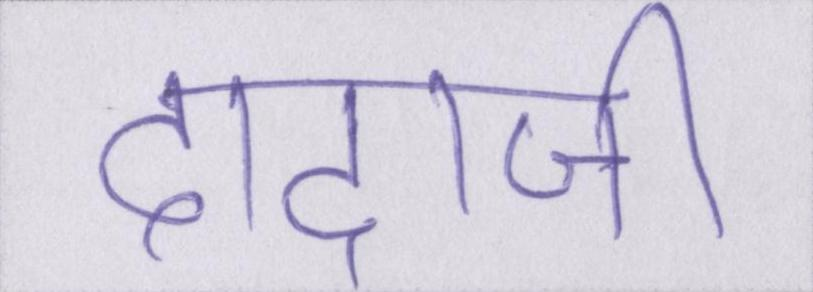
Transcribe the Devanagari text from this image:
दादाजी